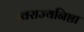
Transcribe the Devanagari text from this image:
स्वराज्यनिष्ठा